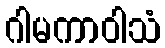
ဂါမကာဝါသံ